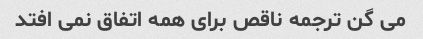
می گن ترجمه ناقص برای همه اتفاق نمی افتد